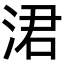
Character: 涒